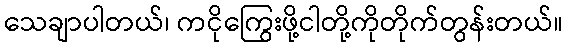
သေချာပါတယ်၊ ကငိုကြွေးဖို့ငါတို့ကိုတိုက်တွန်းတယ်။